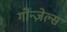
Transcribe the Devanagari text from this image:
गोन्ज़ेल्स